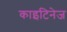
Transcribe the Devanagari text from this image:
काइटिनेज